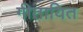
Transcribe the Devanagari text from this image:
गीतायित